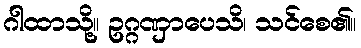
ဂါထာသို့။ ဥဂ္ဂဏှာပေသိ၊ သင်စေ၏။